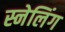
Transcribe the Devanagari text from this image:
स्नेलिंग